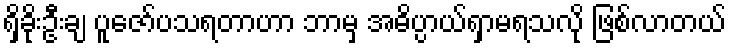
ရှိခိုးဦးချ ပူဇော်ပသရတာဟာ ဘာမှ အဓိပ္ပာယ်ရှာမရသလို ဖြစ်လာတယ်